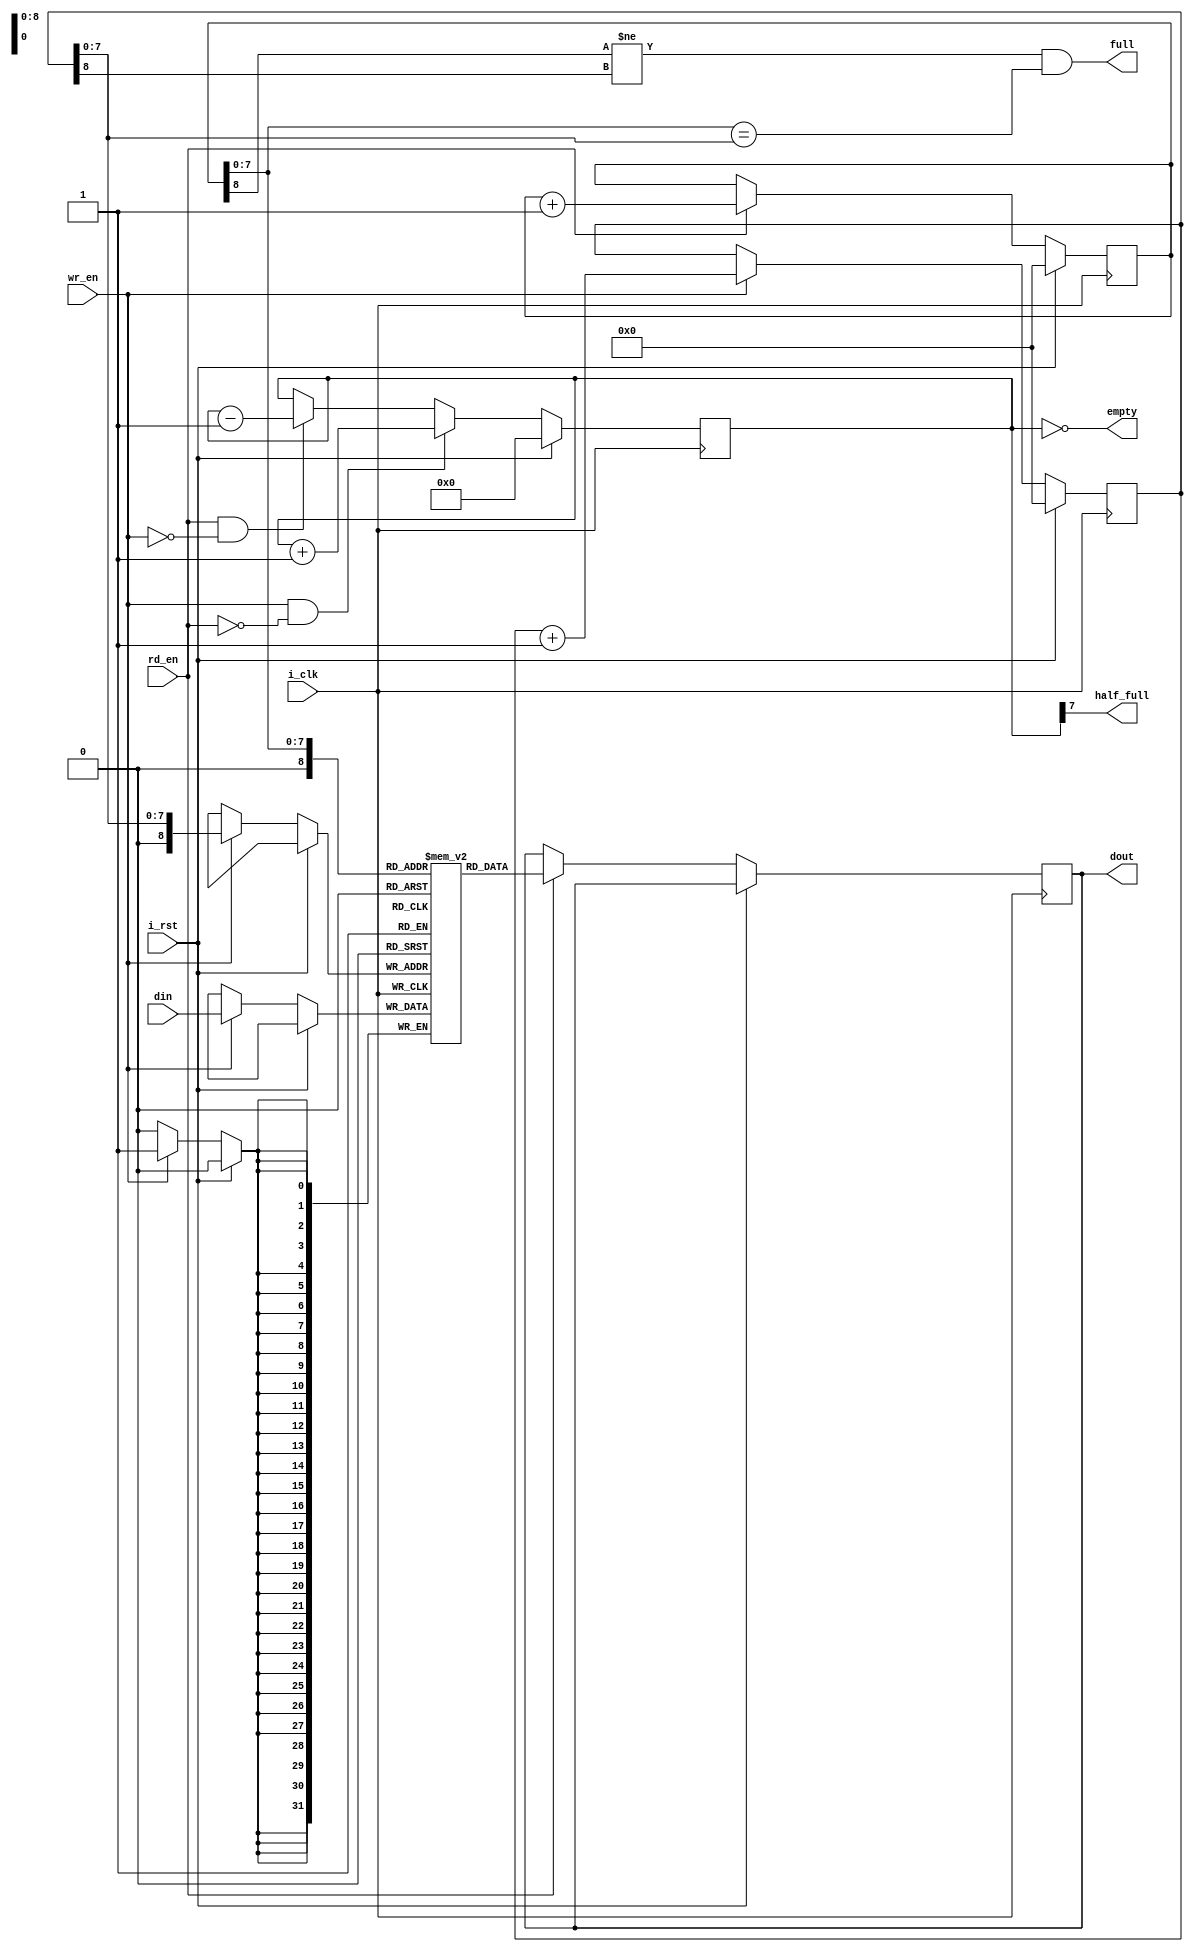
`timescale 1ns / 1ps
//////////////////////////////////////////////////////////////////////////////////
// Company: 
// Engineer: 
// 
// Design Name: 
// Module Name: fifo
// Project Name: 
// Target Devices: 
// Tool Versions: 
// Description: 
// 
// Dependencies: 
// 
// Revision:
// Revision 0.01 - File Created
// Additional Comments:
// 
//////////////////////////////////////////////////////////////////////////////////


module fifo #(
    parameter BITS_DEPTH = 8,
    parameter BITS_WIDTH = 32
)
(
    input wire i_clk,
    input wire i_rst,
    
    input wire [BITS_WIDTH-1:0] din,
    input wire wr_en,
    
    output reg [BITS_WIDTH-1:0] dout,
    input wire rd_en,
    
    output wire full,
    output wire empty,

    output wire half_full
    );

reg [BITS_DEPTH:0] read_ptr, write_ptr;
reg [BITS_DEPTH-1:0] counter;

reg [BITS_WIDTH-1:0] mem [0:2**BITS_DEPTH];

assign half_full = counter[BITS_DEPTH-1];

assign empty = counter == 0;
assign full = read_ptr[BITS_DEPTH] != write_ptr[BITS_DEPTH] && read_ptr[BITS_DEPTH-1:0] == write_ptr[BITS_DEPTH-1:0];
    
always @(posedge i_clk) begin
    if (i_rst) begin
        read_ptr <= 0;
        write_ptr <= 0;
        counter <= 0;
    end else begin
        if (wr_en) begin 
            mem[write_ptr[BITS_DEPTH-1:0]] <= din;
            write_ptr <= write_ptr + 1'b1;
        end
        
        if (rd_en) begin 
            dout <= mem[read_ptr[BITS_DEPTH-1:0]];
            read_ptr <= read_ptr + 1'b1;
        end

        if(wr_en && !rd_en) begin
            counter <= counter + 1;
        end else 
        if(rd_en && !wr_en) begin
            counter <= counter - 1;
        end
    end
end    
endmodule